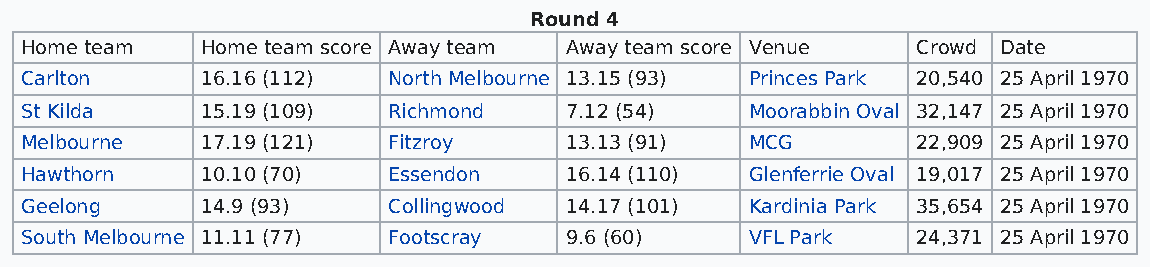
Round 4
 Home team   Home team score Away team Away team score Venue Crowd Date
 Carlton     16.16 (112)  North Melbourne 13.15 (93) Princes Park 20,540 25 April 1970
 St Kilda    15.19 (109)  Richmond   7.12 (54)    Moorabbin Oval 32,147 25 April 1970
 Melbourne   17.19 (121)  Fitzroy    13.13 (91)   MCG        22,909 25 April 1970
 Hawthorn    10.10 (70)   Essendon   16.14 (110)  Glenferrie Oval 19,017 25 April 1970
 Geelong     14.9 (93)    Collingwood 14.17 (101) Kardinia Park 35,654 25 April 1970
 South Melbourne 11.11 (77) Footscray 9.6 (60)    VFL Park   24,371 25 April 1970